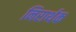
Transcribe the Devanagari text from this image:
निरार्थक